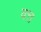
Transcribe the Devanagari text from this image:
वत्त